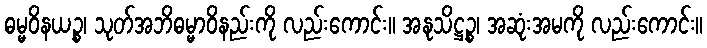
ဓမ္မဝိနယဉ္စ၊ သုတ်အဘိဓမ္မာဝိနည်းကို လည်းကောင်း။ အနုသိဋ္ဌဉ္စ၊ အဆုံးအမကို လည်းကောင်း။